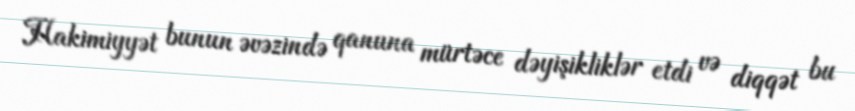
Hakimiyyət bunun əvəzində qanuna mürtəce dəyişikliklər etdi və diqqət bu